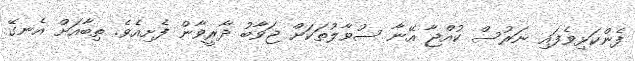
ފެންކަޅިވެފައި ނަރުސް ކުއްޖާ އޭނާ ސުވާލުތަކަށް ޖަވާބު ދާރީވާން ފެށިއެވެ. ތިބާއަށް އެނގޭ